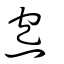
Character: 炰